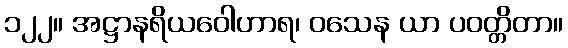
၁၂၂။ အဋ္ဌာနရိယဝေါဟာရ၊ ဝသေန ယာ ပဝတ္တိတာ။